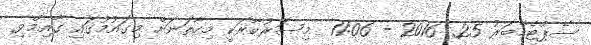
ސެޕްޓެމްބަރު 25